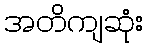
အတိကျဆုံး